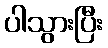
ပါသွားပြီး